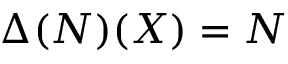
\Delta ( N ) ( X ) = N